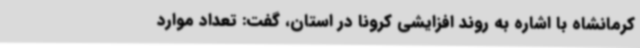
کرمانشاه با اشاره به روند افزایشی کرونا در استان، گفت: تعداد موارد